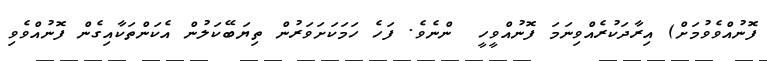
ފޮނުއްވެވުމަށް) އިރާދަކުރެއްވިނަމަ ފޮނުއްވީހީ  ންނެވެ. ފަހެ ހަމަކަށަވަރުން ތިޔަބޭކަލުން އެކަންތަކާއިގެން ފޮނުއްވެވި